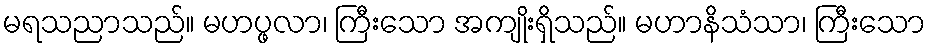
မရသညာသည်။ မဟပ္ဖလာ၊ ကြီးသော အကျိုးရှိသည်။ မဟာနိသံသာ၊ ကြီးသော